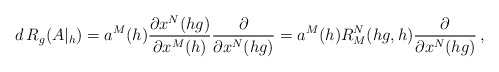
\begin{align*}d\,R_{g}(A|_{h})=a^{M}(h)\frac{\partial x^{N}(hg)}{\partial x^{M}(h)}\frac{\partial }{\partial x^{N}(hg)}=a^{M}(h) R^{N}_{M}(hg, h)\frac{\partial }{\partial x^{N}(hg)}\,,\end{align*}